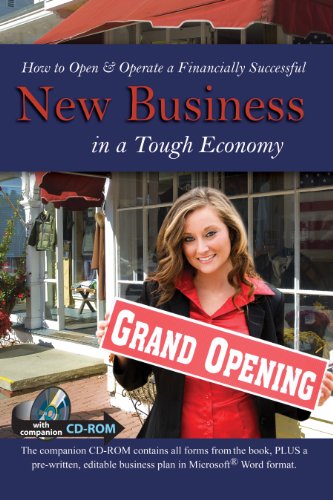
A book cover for How to Open and Operate a Financially Successful New Business in a Tough Economy: With Companion CD-ROM; Atlantic Publishing Group Inc; Law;